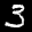
Label: 3